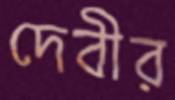
দেবীর